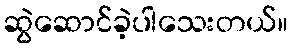
ဆွဲဆောင်ခဲ့ပါသေးတယ်။